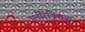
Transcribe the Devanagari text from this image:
एनोरेक्शिया